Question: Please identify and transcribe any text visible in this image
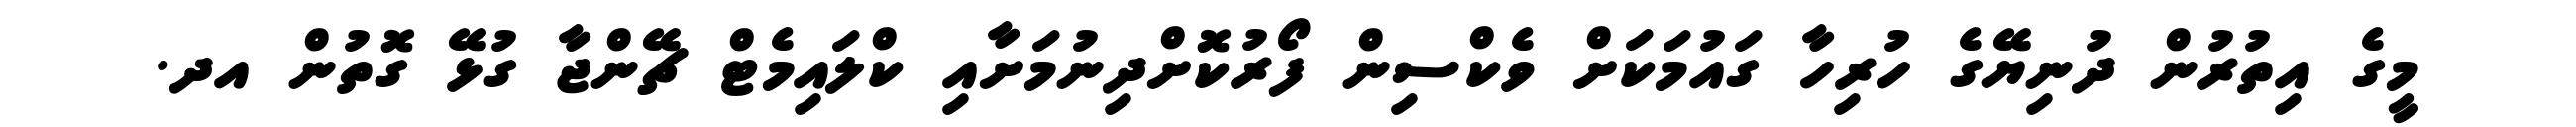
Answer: މީގެ އިތުރުން ދުނިޔޭގެ ހުރިހާ ގައުމަކަށް ވެކްސިން ފޯރުކޮށްދިނުމަށާއި ކްލައިމެޓް ޗޭންޖާ ގުޅޭ ގޮތުން އދ.